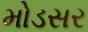
મોડસર